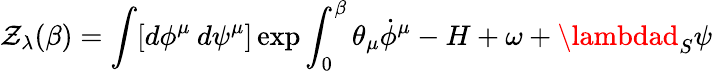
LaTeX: \mathcal{Z}_{\lambda}(\beta)=\int[d\phi^{\mu}\: d\psi^{\mu}]\exp{\int_{0}^{\beta}\theta_{\mu}\dot{{\phi}}^{\mu}-H+\omega+\lambdad_{S}\psi}